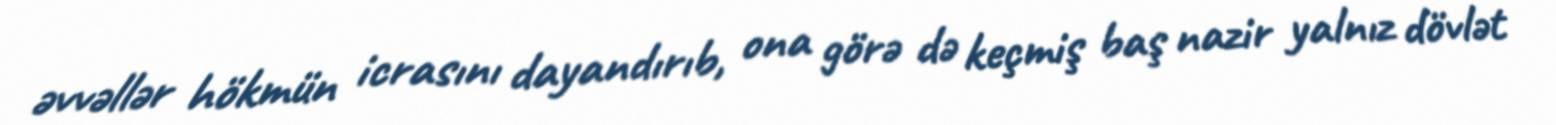
əvvəllər hökmün icrasını dayandırıb, ona görə də keçmiş baş nazir yalnız dövlət